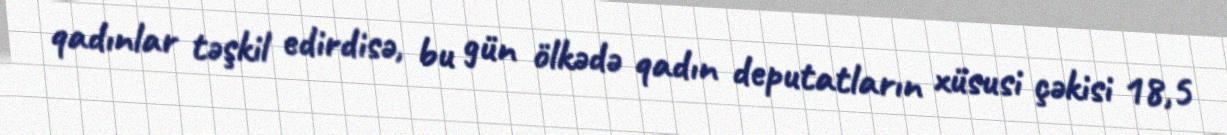
qadınlar təşkil edirdisə, bu gün ölkədə qadın deputatların xüsusi çəkisi 18,5